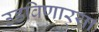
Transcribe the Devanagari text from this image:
उडविणार्‍या